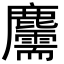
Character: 𪋯